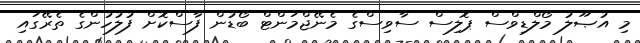
މި އުޞޫލު މޯލްޑިވްސް ޕޮލިސް ސާވިސްގެ މެނޭޖްމަންޓް ބޯޑުން ފާސްކޮށް ފުލުހުންގެ ތެރޭގައި